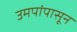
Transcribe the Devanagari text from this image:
उमपांपासून